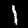
Label: 1